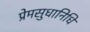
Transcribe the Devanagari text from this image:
प्रेमसुधानिधि